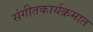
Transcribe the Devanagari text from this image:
संगीतकार्यक्रमात